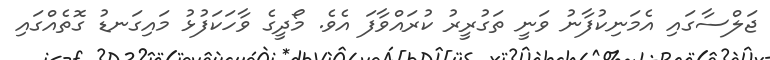
ޖަލްސާގައި އެމަނިކުފާނު ވަނީ ތަގުރީރު ކުރައްވާފަ އެވެ. މޯދީގެ ވާހަކަފުޅު މައިގަނޑު ގޮތެއްގައި